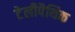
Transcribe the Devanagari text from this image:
टेलीपैथिक